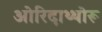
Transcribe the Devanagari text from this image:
ओरिदाथ्थोरू